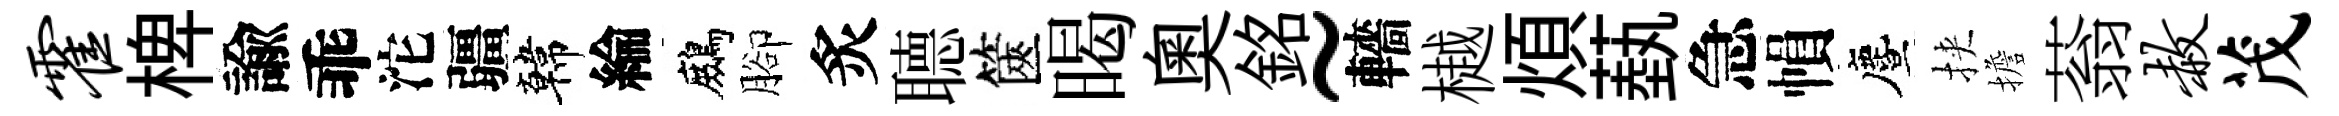
霍椑諭乖沱疆韓綸鷓腳炙𦗟篋暍奧銘~轖樾煩蓺急𢄙󵨌挾擔蓊赦茂